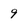
Character: q